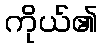
ကိုယ်၏